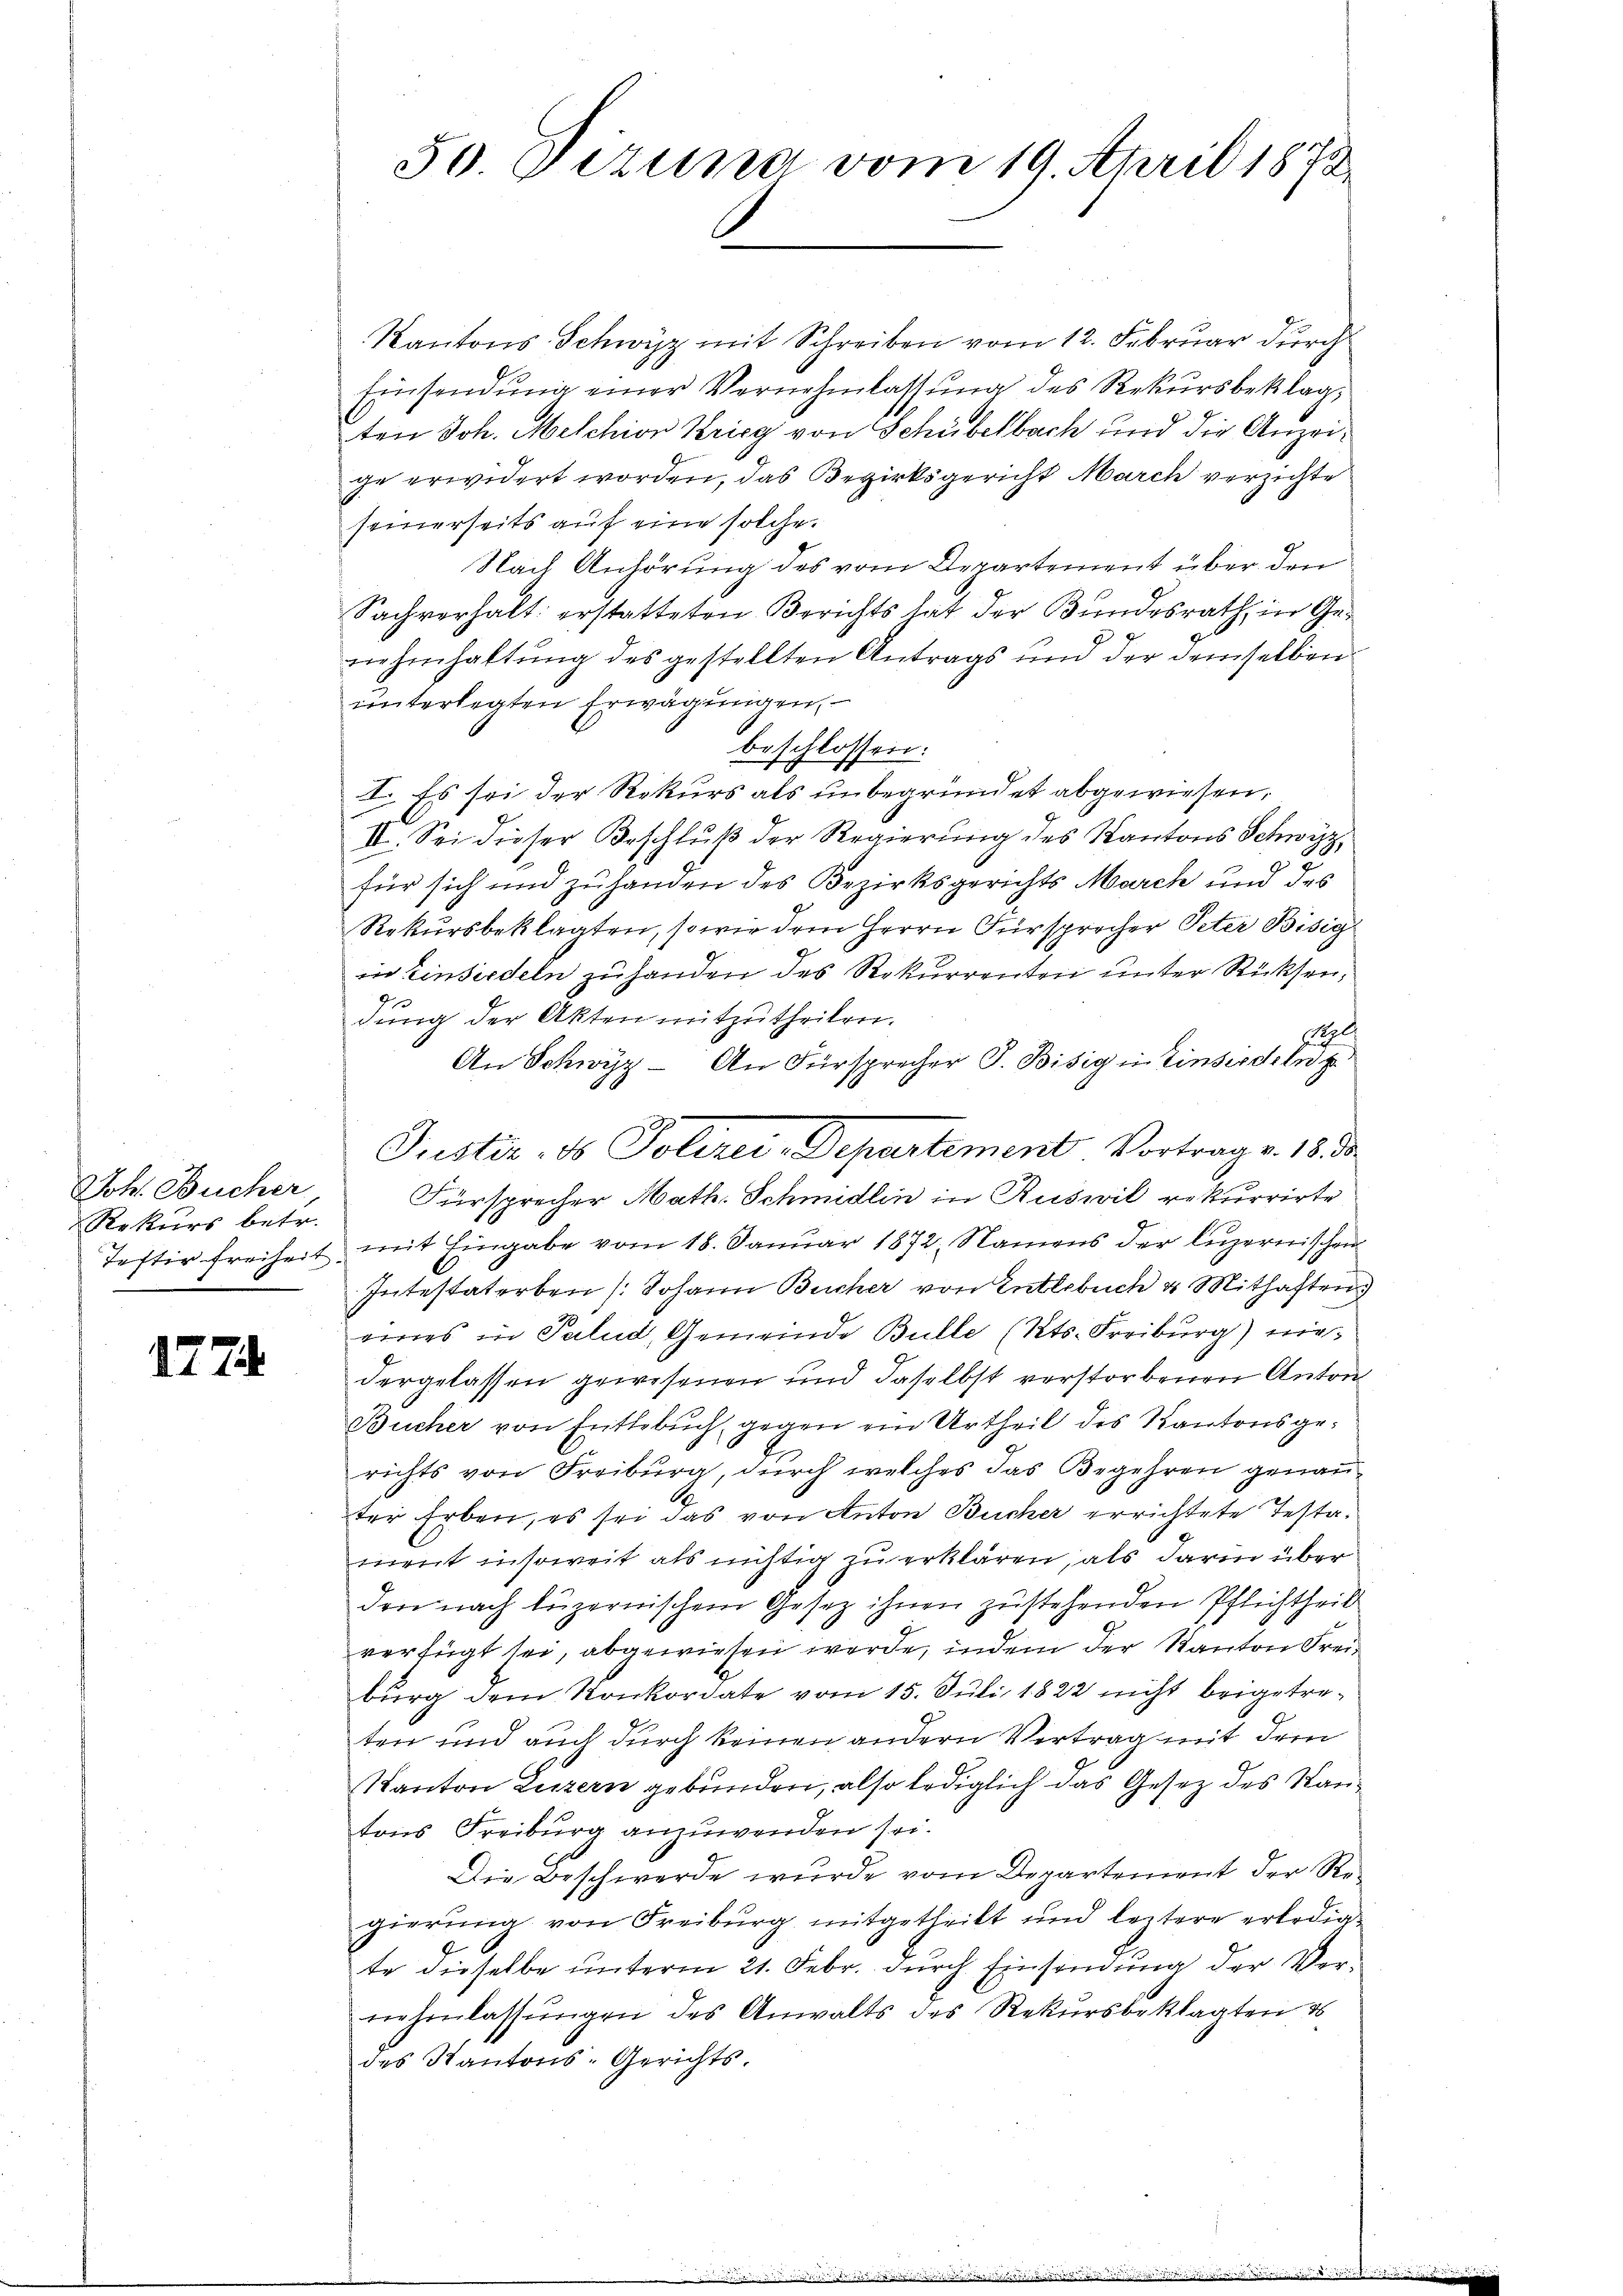
Joh. Bucher
Rekurs betr.

1774.

Kantons Schwyz mit Schreiben vom 12. Februar durch
Einsendung einer Vernehmlassung des Rekursbeklagten Joh. Melchion Krieg von Schübelbach und die Anzeige erwidert worden, das Bezirksgericht March verzichte
seinerseits auf eine solche
Nach Anhörung des vom Departement über den
Sachverhalt: erstatteten Berichts hat der Bundesrath, in Ge-
nehmhaltung des gestellten Antrags und der demselben
unterlegten Erwägungen,
beschlossen:
I. Es sei der Rekurs als unbegründet abgewiesen,
II. Sei dieser Beschluß der Regierung des Kantons Schwyz
für sich und zuhanden des Bezirksgerichts March und des
Rekursbeklagten, so wie dem Herrn Fürsprecher Peter Bisig
in Einsiedeln zu handen des Rekurrenten unter Rücksen,
dung der Akten mitzutheilen.
l
An Schwyz - An Fürsprecher P. Bisig in Einsiedeln p
Fürsprecher Math. Schmidlin in Ruswil rekurrirte
Tostir freiheit mit Eingabe vom 18. Janŭar 1872, Namens der luzernischen
Intestaterben /: Johann Bucher von Entlebuch u. Mithaften
eines in Palud, Gemeinde Bulle (Kts. Freiburg) niedergelassen gewesenen und daselbst verstorbenen Anton
Bucher von Entlebuch, gegen ein Urtheil des Kantonsgerichts von Freiburg, durch welches das Begehren genanter Erben, es sei das von Anton Bucher errichtete Testament insoweit als nichtig zu erklären, als darin über
den nach luzernischem Gesetz ihnen zustehenden Pflichtheil
verfügt sei, abgewiesen werde, indem der Kanton Freiburg dem Konkordate vom 15. Juli 1822 nicht beigetreten und auch durch keinen andern Vertrag mit dem
Kanton Luzern gebunden, also lediglich das Gesetz des Kantons Freiburg anzuwenden sei.
Die Beschwerde wurde vom Departement der Regierung von Freiburg mitgetheilt und leitere erledigte dieselbe unterm 21. Febr. durch Einsendung der Vernehmlassŭngen des Anwalts des Rekursbeklagten d
des Kantons-Gerichts.

50. Dezung vom 19. April 1873.

Justiz, ds Polizei-Departement Vortrag v. 18. de